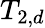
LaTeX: T_{2,d}